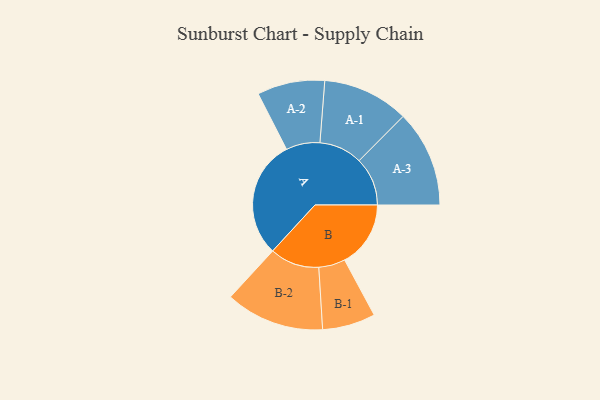
{"axis": {"x": "Segment", "y": "Value"}, "legend": ["", "A", "B"], "data": [{"x": "A", "y": 454, "type": ""}, {"x": "B", "y": 254, "type": ""}, {"x": "A-1", "y": 166, "type": "A"}, {"x": "A-2", "y": 130, "type": "A"}, {"x": "A-3", "y": 186, "type": "A"}, {"x": "B-1", "y": 102, "type": "B"}, {"x": "B-2", "y": 190, "type": "B"}]}